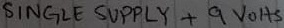
Text: SINGLE SUPPLY +9VOLTS